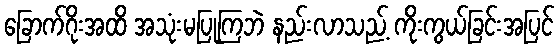
ခြောက်ဂိုးအထိ အသုံးမပြုကြဘဲ နည်းလာသည့် ကိုးကွယ်ခြင်းအပြင်